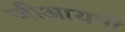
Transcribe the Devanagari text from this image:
जीआयपी